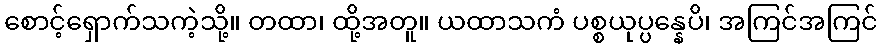
စောင့်ရှောက်သကဲ့သို့။ တထာ၊ ထို့အတူ။ ယထာသကံ ပစ္စယုပ္ပန္နေပိ၊ အကြင်အကြင်